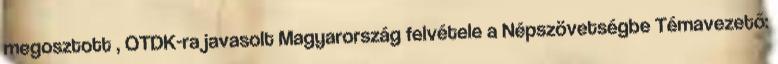
megosztott , OTDK-ra javasolt Magyarország felvétele a Népszövetségbe Témavezető: